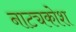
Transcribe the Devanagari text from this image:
नाट्यकोश